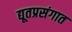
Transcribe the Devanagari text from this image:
द्यूतप्रसंगात